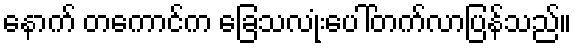
နောက် တကောင်က ခြေသလုံးပေါ်တက်လာပြန်သည်။